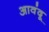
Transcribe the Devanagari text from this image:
आवंदू